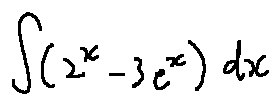
\int ( 2 ^ { x } - 3 e ^ { x } ) d x